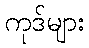
ကုဒ်များ